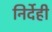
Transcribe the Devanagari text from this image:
निर्देही